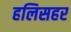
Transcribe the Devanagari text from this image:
हलिसहर